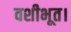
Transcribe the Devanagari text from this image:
वशीभूत।